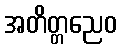
အတိတ္တညေဝ